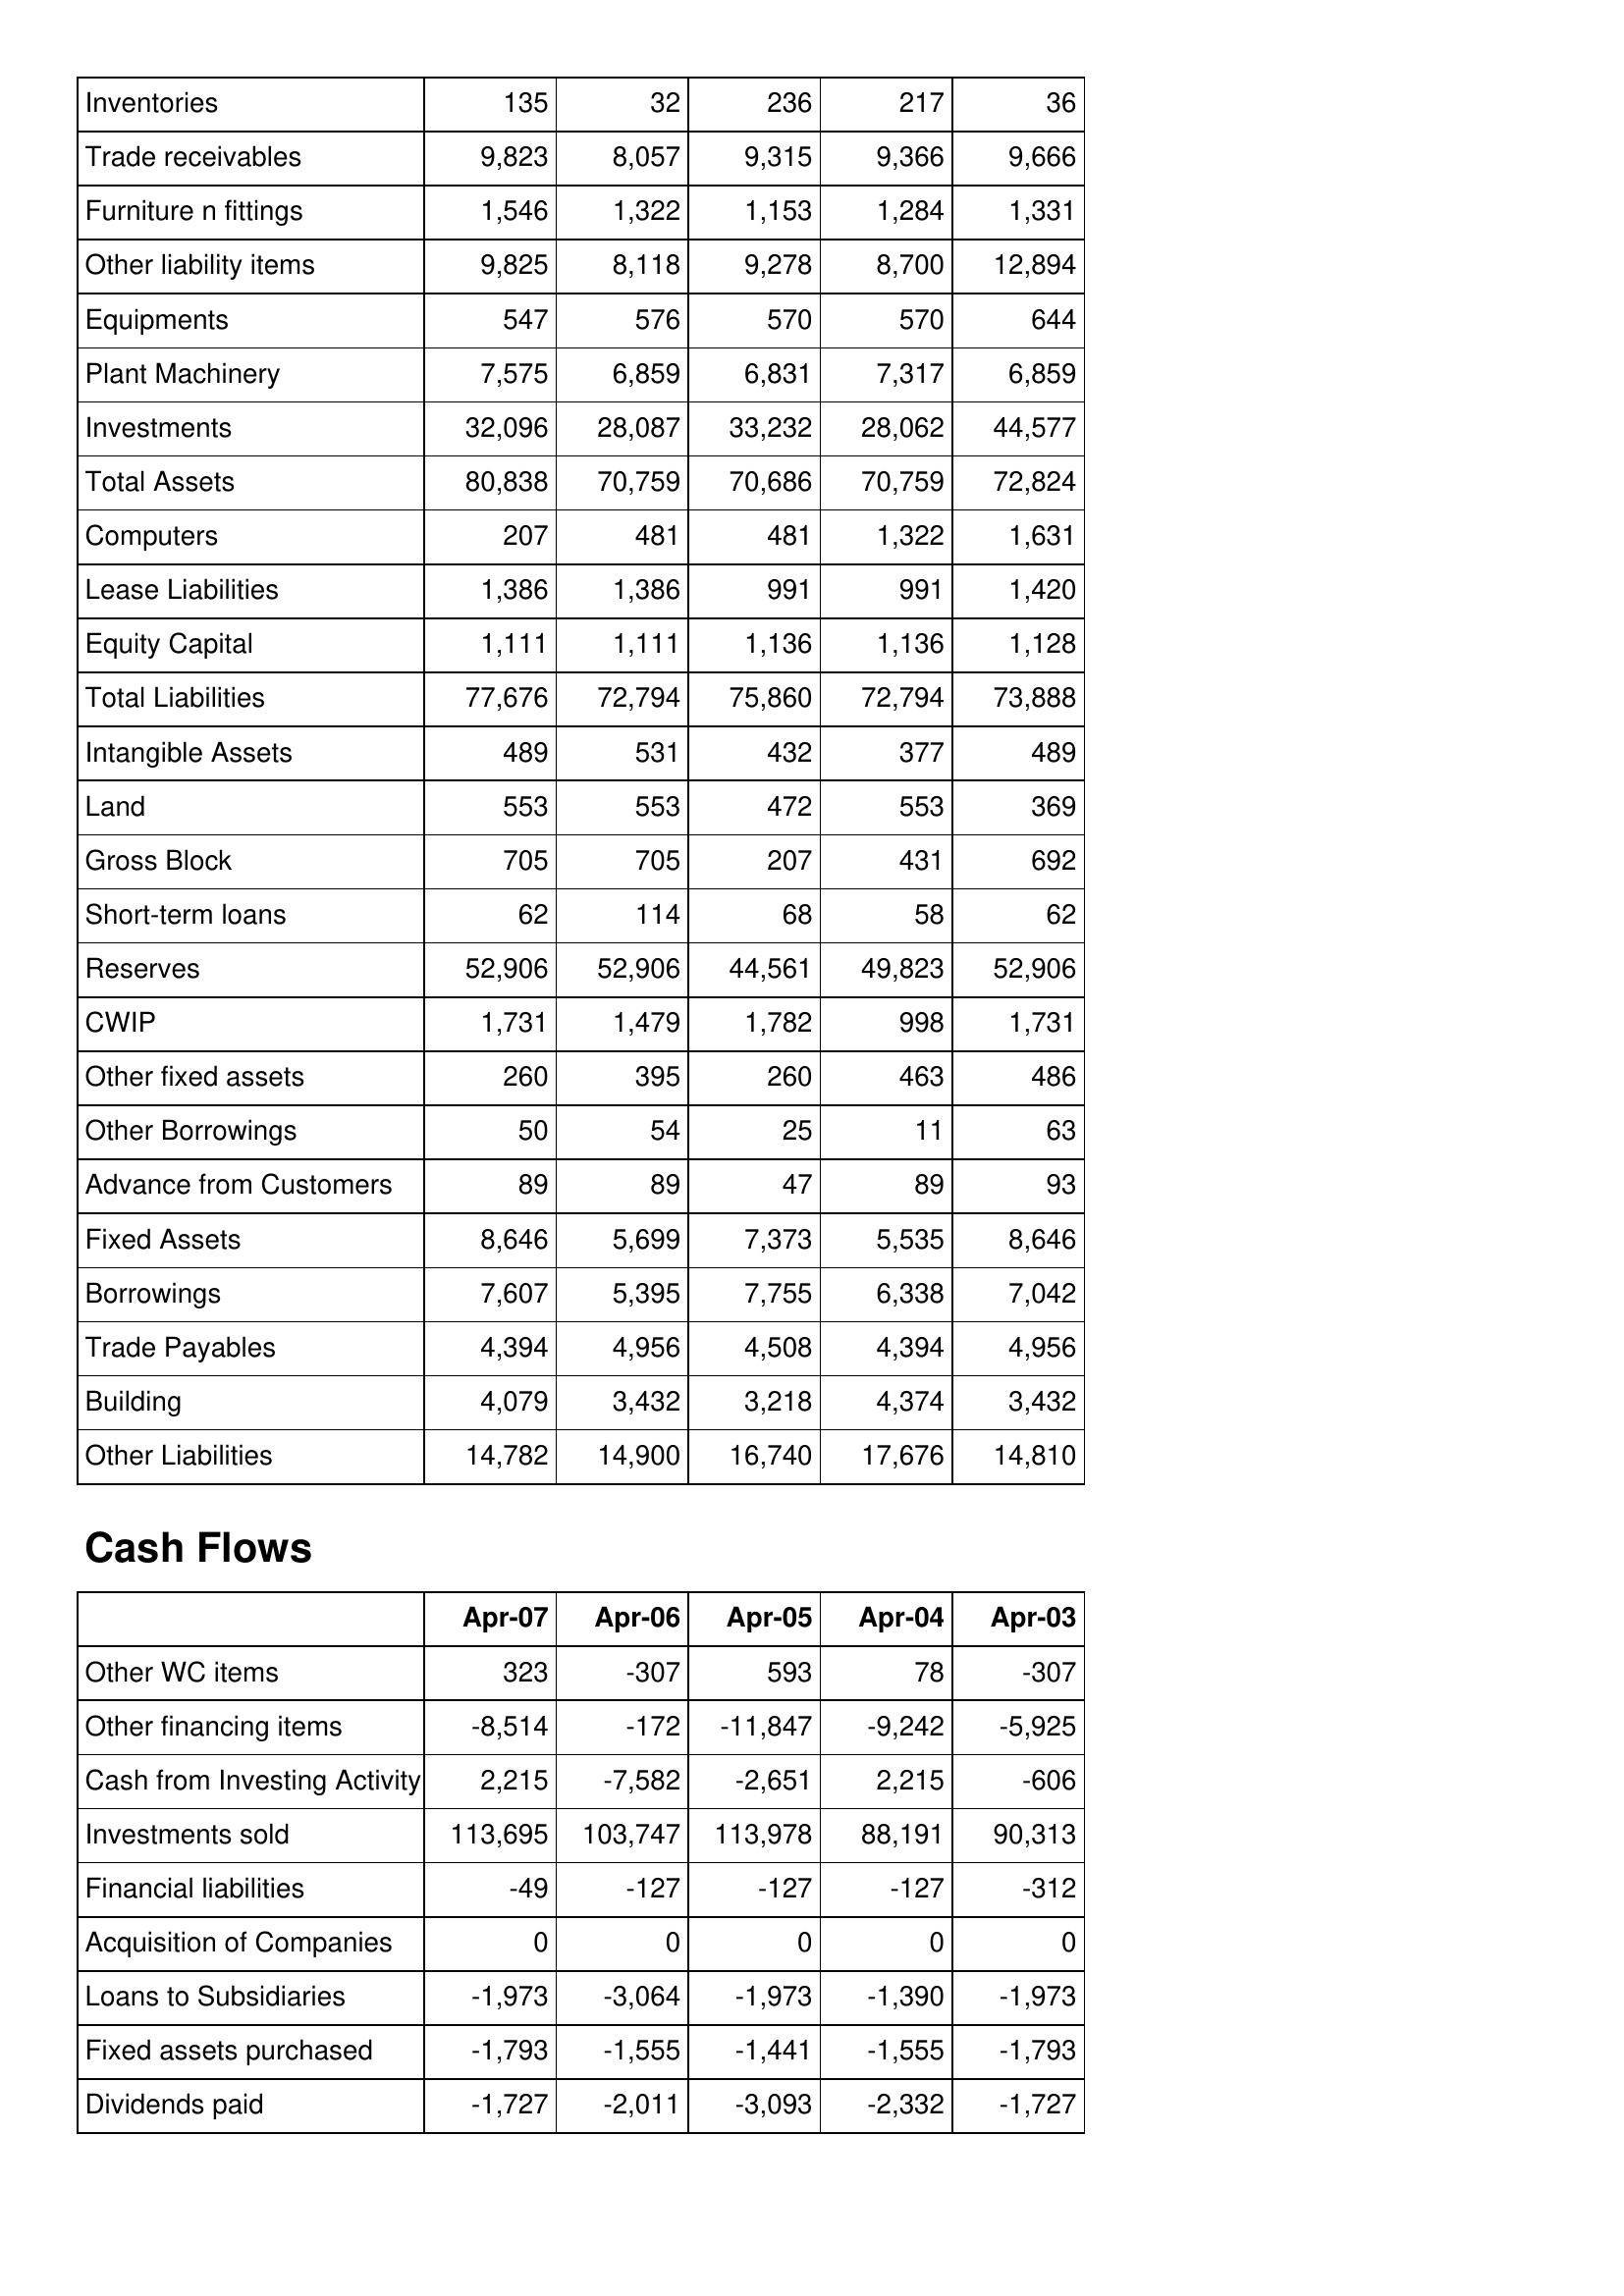
Apr-07: Balance Sheet: Inventories: 135
Trade receivables: 9,823
Furniture n fittings: 1,546
Other liability items: 9,825
Equipments: 547
Plant Machinery: 7,575
Investments: 32,096
Total Assets: 80,838
Computers: 207
Lease Liabilities: 1,386
Equity Capital: 1,111
Total Liabilities: 77,676
Intangible Assets: 489
Land: 553
Gross Block: 705
Short-term loans: 62
Reserves: 52,906
CWIP: 1,731
Other fixed assets: 260
Other Borrowings: 50
Advance from Customers: 89
Fixed Assets: 8,646
Borrowings: 7,607
Trade Payables: 4,394
Building: 4,079
Other Liabilities: 14,782
Cash Flows: Other WC items: 323
Other financing items: -8,514
Cash from Investing Activity: 2,215
Investments sold: 113,695
Financial liabilities: -49
Acquisition of Companies: 0
Loans to Subsidiaries: -1,973
Fixed assets purchased: -1,793
Dividends paid: -1,727
Apr-06: Balance Sheet: Inventories: 32
Trade receivables: 8,057
Furniture n fittings: 1,322
Other liability items: 8,118
Equipments: 576
Plant Machinery: 6,859
Investments: 28,087
Total Assets: 70,759
Computers: 481
Lease Liabilities: 1,386
Equity Capital: 1,111
Total Liabilities: 72,794
Intangible Assets: 531
Land: 553
Gross Block: 705
Short-term loans: 114
Reserves: 52,906
CWIP: 1,479
Other fixed assets: 395
Other Borrowings: 54
Advance from Customers: 89
Fixed Assets: 5,699
Borrowings: 5,395
Trade Payables: 4,956
Building: 3,432
Other Liabilities: 14,900
Cash Flows: Other WC items: -307
Other financing items: -172
Cash from Investing Activity: -7,582
Investments sold: 103,747
Financial liabilities: -127
Acquisition of Companies: 0
Loans to Subsidiaries: -3,064
Fixed assets purchased: -1,555
Dividends paid: -2,011
Apr-05: Balance Sheet: Inventories: 236
Trade receivables: 9,315
Furniture n fittings: 1,153
Other liability items: 9,278
Equipments: 570
Plant Machinery: 6,831
Investments: 33,232
Total Assets: 70,686
Computers: 481
Lease Liabilities: 991
Equity Capital: 1,136
Total Liabilities: 75,860
Intangible Assets: 432
Land: 472
Gross Block: 207
Short-term loans: 68
Reserves: 44,561
CWIP: 1,782
Other fixed assets: 260
Other Borrowings: 25
Advance from Customers: 47
Fixed Assets: 7,373
Borrowings: 7,755
Trade Payables: 4,508
Building: 3,218
Other Liabilities: 16,740
Cash Flows: Other WC items: 593
Other financing items: -11,847
Cash from Investing Activity: -2,651
Investments sold: 113,978
Financial liabilities: -127
Acquisition of Companies: 0
Loans to Subsidiaries: -1,973
Fixed assets purchased: -1,441
Dividends paid: -3,093
Apr-04: Balance Sheet: Inventories: 217
Trade receivables: 9,366
Furniture n fittings: 1,284
Other liability items: 8,700
Equipments: 570
Plant Machinery: 7,317
Investments: 28,062
Total Assets: 70,759
Computers: 1,322
Lease Liabilities: 991
Equity Capital: 1,136
Total Liabilities: 72,794
Intangible Assets: 377
Land: 553
Gross Block: 431
Short-term loans: 58
Reserves: 49,823
CWIP: 998
Other fixed assets: 463
Other Borrowings: 11
Advance from Customers: 89
Fixed Assets: 5,535
Borrowings: 6,338
Trade Payables: 4,394
Building: 4,374
Other Liabilities: 17,676
Cash Flows: Other WC items: 78
Other financing items: -9,242
Cash from Investing Activity: 2,215
Investments sold: 88,191
Financial liabilities: -127
Acquisition of Companies: 0
Loans to Subsidiaries: -1,390
Fixed assets purchased: -1,555
Dividends paid: -2,332
Apr-03: Balance Sheet: Inventories: 36
Trade receivables: 9,666
Furniture n fittings: 1,331
Other liability items: 12,894
Equipments: 644
Plant Machinery: 6,859
Investments: 44,577
Total Assets: 72,824
Computers: 1,631
Lease Liabilities: 1,420
Equity Capital: 1,128
Total Liabilities: 73,888
Intangible Assets: 489
Land: 369
Gross Block: 692
Short-term loans: 62
Reserves: 52,906
CWIP: 1,731
Other fixed assets: 486
Other Borrowings: 63
Advance from Customers: 93
Fixed Assets: 8,646
Borrowings: 7,042
Trade Payables: 4,956
Building: 3,432
Other Liabilities: 14,810
Cash Flows: Other WC items: -307
Other financing items: -5,925
Cash from Investing Activity: -606
Investments sold: 90,313
Financial liabilities: -312
Acquisition of Companies: 0
Loans to Subsidiaries: -1,973
Fixed assets purchased: -1,793
Dividends paid: -1,727